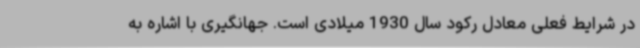
در شرایط فعلی معادل رکود سال 1930 میلادی است. جهانگیری با اشاره به